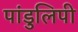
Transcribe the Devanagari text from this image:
पांडुलिपी